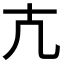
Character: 𭅠